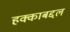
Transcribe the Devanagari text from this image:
हक्काबद्दल